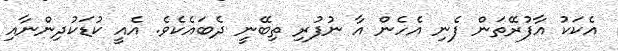
އެކަކު އާފުރޭތަން ފެނި އެހެން އާ ނުފުރި ތިބޭނީ ދެބައެކެވެ. އެއީ ކުޑަކުދިންނާއި